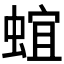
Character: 𰳈